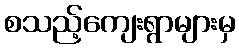
စသည့်ကျေးရွာများမှ